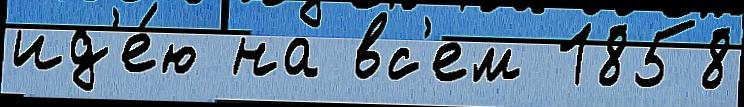
ид'е́ю на вс'ем 1858